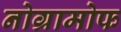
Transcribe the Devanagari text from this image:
नोग्रामोफ